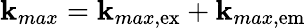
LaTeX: \mathbf{k}_{max}=\mathbf{k}_{max,\mathrm{{ex}}}+\mathbf{k}_{max,\mathrm{{em}}}